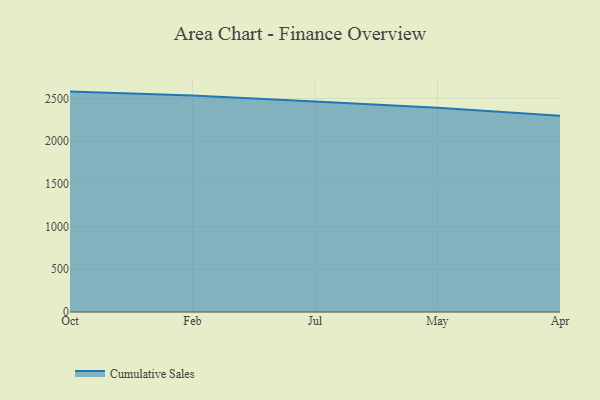
{"axis": {"x": "Month", "y": "Net Income (USD K)"}, "legend": ["Cumulative Sales"], "data": [{"x": "Oct", "y": 2580.4, "type": "Cumulative Sales"}, {"x": "Feb", "y": 2533.3, "type": "Cumulative Sales"}, {"x": "Jul", "y": 2465.6, "type": "Cumulative Sales"}, {"x": "May", "y": 2392.4, "type": "Cumulative Sales"}, {"x": "Apr", "y": 2297.4, "type": "Cumulative Sales"}]}